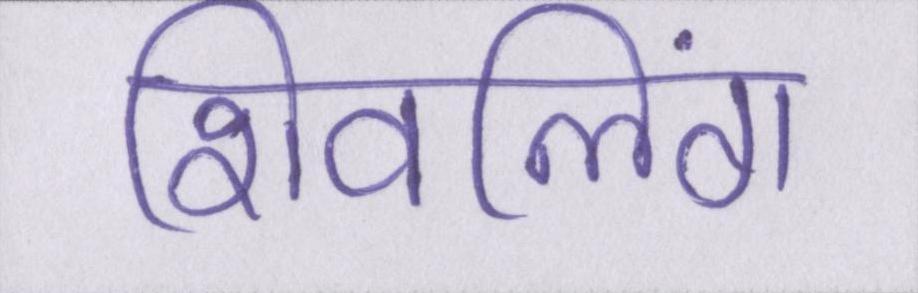
शिवलिंग